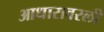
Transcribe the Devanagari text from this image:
आधारावरली